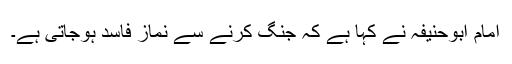
امام ابوحنیفہ نے کہا ہے کہ جنگ کرنے سے نماز فاسد ہوجاتی ہے۔